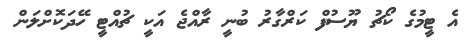
އެ ޓީމުގެ ކޯޗު ޔޫސުފް ކަރްގާރު ބުނީ ރާއްޖެ އަކީ ޗުއްޓީ ހޭދަކޮށްލަން